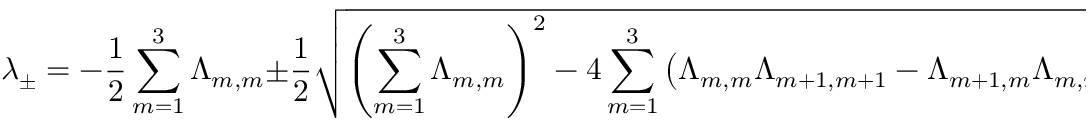
\lambda _ { \pm } = - \frac { 1 } { 2 } \sum _ { m = 1 } ^ { 3 } \Lambda _ { m , m } \pm \frac { 1 } { 2 } \sqrt { \left( \sum _ { m = 1 } ^ { 3 } \Lambda _ { m , m } \right) ^ { 2 } - 4 \sum _ { m = 1 } ^ { 3 } \left( \Lambda _ { m , m } \Lambda _ { m + 1 , m + 1 } - \Lambda _ { m + 1 , m } \Lambda _ { m , m + 1 } . \right) } .